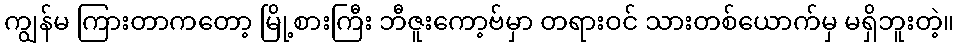
ကျွန်မ ကြားတာကတော့ မြို့စားကြီး ဘီဇူးကော့ဗ်မှာ တရားဝင် သားတစ်ယောက်မှ မရှိဘူးတဲ့။